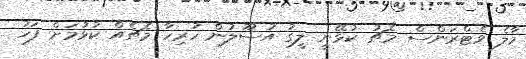
މާލެ ވެޓްރަންސް މެޗު ކުޅޭނީ ލީގު އުސޫލުން ހުރިހާ މެޗެއް ކުޅުމަށް ފަހު